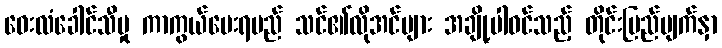
ဝေးလံခေါင်သီမှု ကာကွယ်ပေးရမည် သင်၏လိုအင်များ အချို့ပါဝင်သည့် တိုင်းပြည်မျက်နှာ